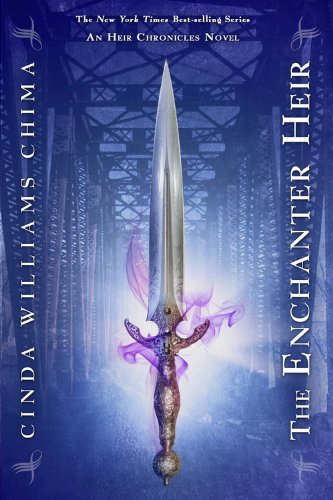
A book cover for The Enchanter Heir (The Heir Chronicles, Book 4); Cinda Williams Chima; Teen & Young Adult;